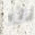
لن